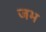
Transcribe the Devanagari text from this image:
जभ